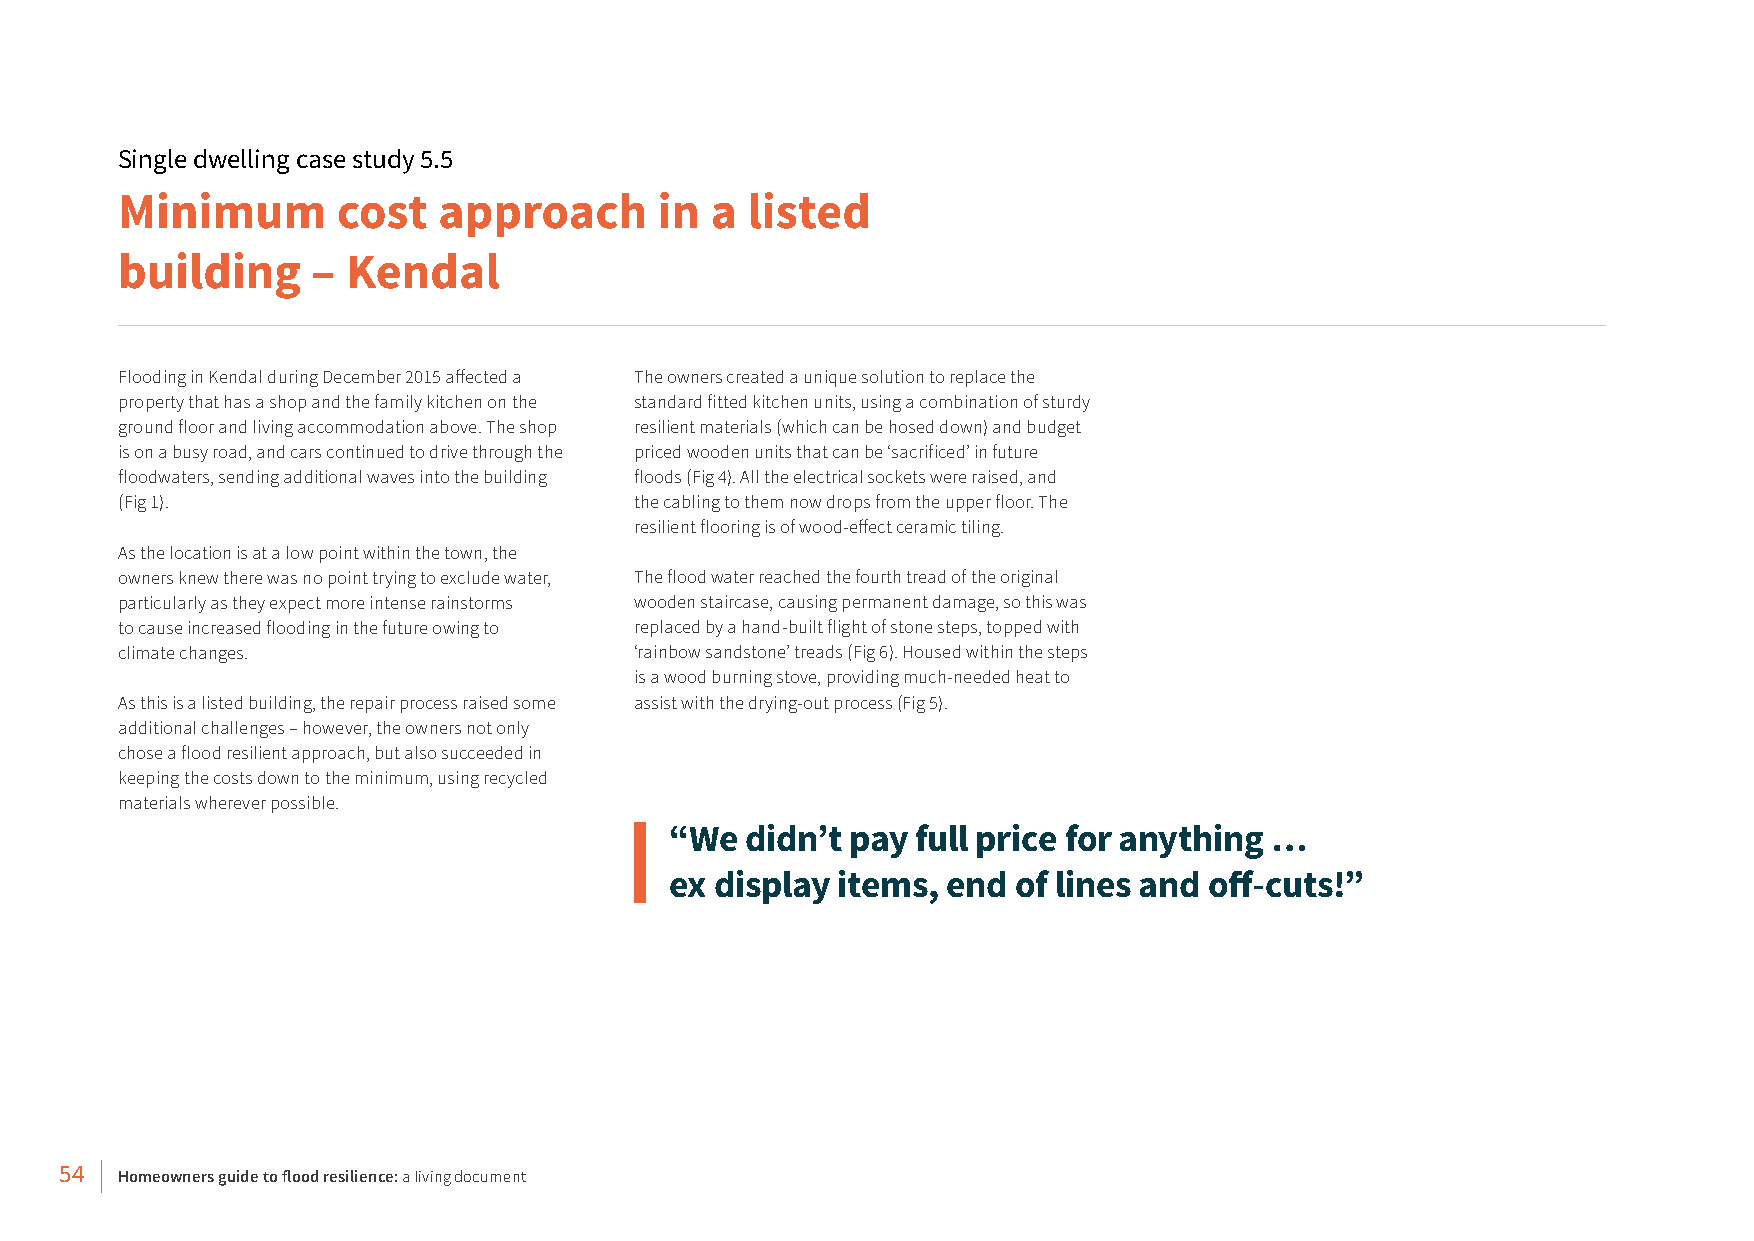
Single dwelling case study 5.5
 Minimum       cost   approach       in a listed
 building     – Kendal
 Flooding in Kendal during December 2015 affected a The owners created a unique solution to replace the
 property that has a shop and the family kitchen on the standard fitted kitchen units, using a combination of sturdy
 ground floor and living accommodation above. The shop resilient materials (which can be hosed down) and budget
 is on a busy road, and cars continued to drive through the priced wooden units that can be ‘sacrificed’ in future
 floodwaters, sending additional waves into the building floods (Fig 4). All the electrical sockets were raised, and
 (Fig 1).                          the cabling to them now drops from the upper floor. The
 resilient flooring is of wood-effect ceramic tiling.
 As the location is at a low point within the town, the
 owners knew there was no point trying to exclude water, The flood water reached the fourth tread of the original
 particularly as they expect more intense rainstorms wooden staircase, causing permanent damage, so this was
 to cause increased flooding in the future owing to replaced by a hand-built flight of stone steps, topped with
 climate changes.                  ‘rainbow sandstone’ treads (Fig 6). Housed within the steps
 is a wood burning stove, providing much-needed heat to
 As this is a listed building, the repair process raised some assist with the drying-out process (Fig 5).
 additional challenges – however, the owners not only
 chose a flood resilient approach, but also succeeded in
 keeping the costs down to the minimum, using recycled
 materials wherever possible.
 “We  didn’t pay  full price for anything …
 ex display items,  end of lines and off-cuts!”
 54  Homeowners guide to flood resilience: a living document